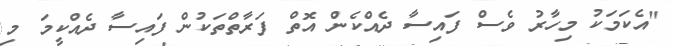
"އެކަމަކު މިހާރު ވެސް ފައިސާ ދެއްކެން އޮތް ފަރާތްތަކުން ފައިސާ ދެއްކީމަ މި